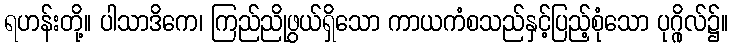
ရဟန်းတို့။ ပါသာဒိကေ၊ ကြည်ညိုဖွယ်ရှိသော ကာယကံစသည်နှင့်ပြည့်စုံသော ပုဂ္ဂိုလ်၌။